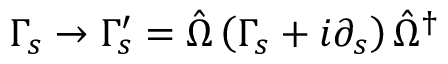
\Gamma _ { s } \rightarrow \Gamma _ { s } ^ { \prime } = \hat { \Omega } \left( \Gamma _ { s } + i \partial _ { s } \right) \hat { \Omega } ^ { \dagger }